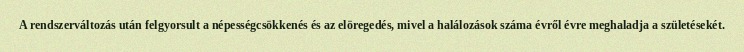
A rendszerváltozás után felgyorsult a népességcsökkenés és az elöregedés, mivel a halálozások száma évről évre meghaladja a születésekét.